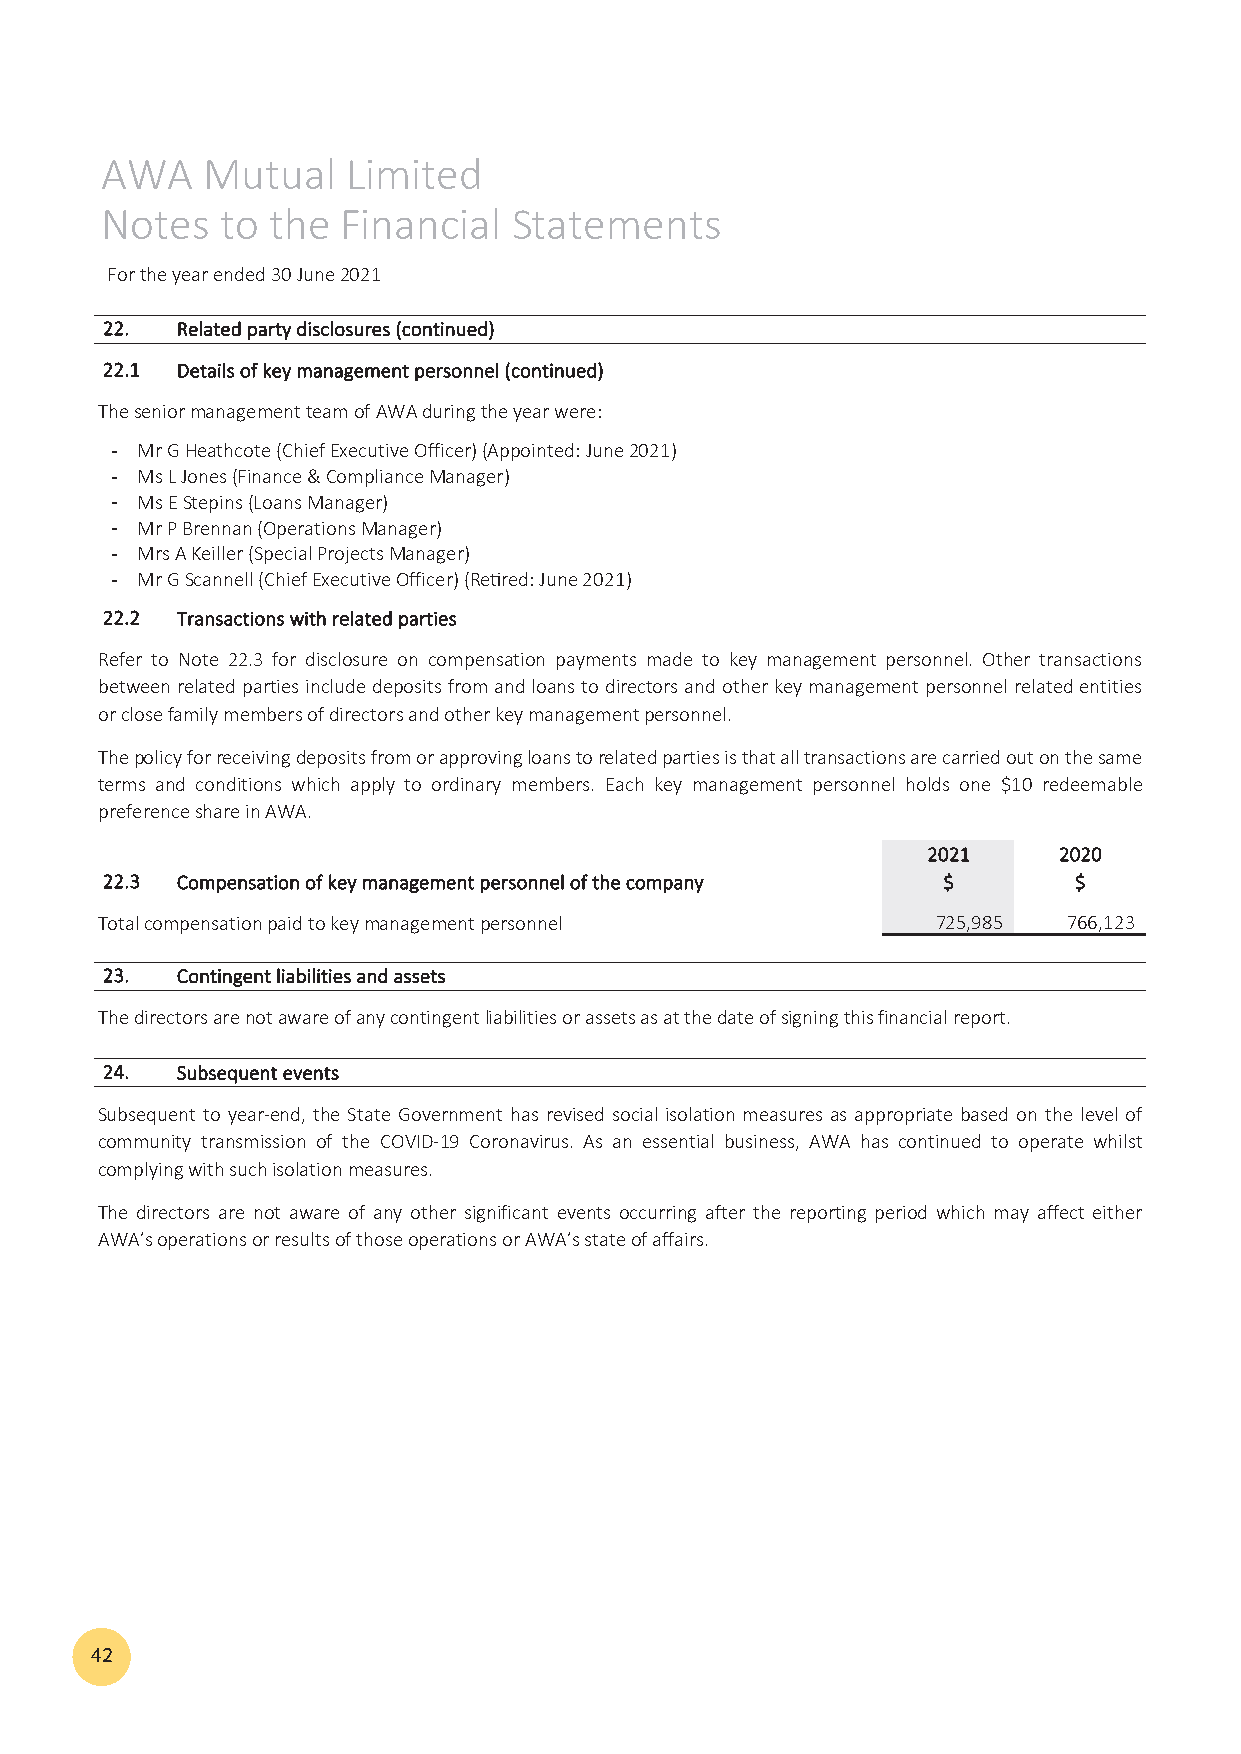
AWA   Mutual    Limited
 Notes   to the  Financial  Statements
 For the year ended 30 June 2021
 2222.. RReellaatteedd ppaarrttyy ddiisscclloossuurreess ((ccoonnttiinnuueedd))
 2222..11 DDeettaaiillss ooff kkeeyy mmaannaaggeemmeenntt ppeerrssoonnnneell ((ccoonnttiinnuueedd))
 The senior management team of AWA during the year were:
 - Mr G Heathcote (Chief Executive Officer) (Appointed: June 2021)
 - Ms L Jones (Finance & Compliance Manager)
 - Ms E Stepins (Loans Manager)
 - Mr P Brennan (Operations Manager)
 - Mrs A Keiller (Special Projects Manager)
 - Mr G Scannell (Chief Executive Officer) (RReetisirgende:d J:u Jnuen 2e0 22012)1)
 2222..22 TTrraannssaaccttiioonnss wwiitthh rreellaatteedd ppaarrttiieess
 Refer to Note 22.3 for disclosure on compensation payments made to key management personnel. Other transactions
 betweenrelatedpartiesincludedepositsfromandloanstodirectorsandotherkeymanagementpersonnelrelatedentities
 or close family members of directors and other key management personnel.
 The policy for receiving deposits from or approving loans to related parties is that all transactions are carried out on the same
 terms and conditions which apply to ordinary members. Each key management personnel holds one $10 redeemable
 preference share in AWA.
 22002211 22002200
 2222..33 CCoommppeennssaattiioonn ooff kkeeyy mmaannaaggeemmeenntt ppeerrssoonnnneell ooff tthhee ccoommppaannyy $$ $$
 Total compensation paid to key management personnel     725,985  766,123
 2233.. CCoonnttiinnggeenntt lliiaabbiilliittiieess aanndd aasssseettss
 The directors are not aware of any contingent liabilities or assets as at the date of signing this financial report.
 2244.. SSuubbsseeqquueenntt eevveennttss
 Subsequent to year‐end, the State Government has revised social isolation measures as appropriate based on the level of
 community transmission of the COVID‐19 Coronavirus. As an essential business, AWA has continued to operate whilst
 complying with such isolation measures.
 The directors are not aware of any other significant events occurring after the reporting period which may affect either
 AWA’s operations or results of those operations or AWA’s state of affairs.
 42